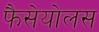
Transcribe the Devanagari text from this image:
फैसेयोलस